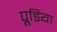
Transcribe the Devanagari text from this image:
पूडिया